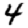
Digit: 4